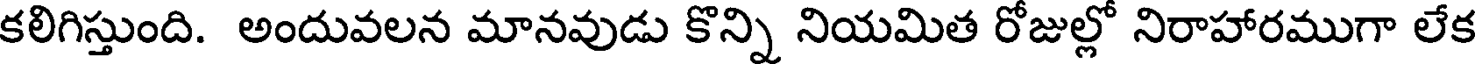
కలిగిస్తుంది. అందువలన మానవుడు కొన్ని నియమిత రోజుల్లో నిరాహారముగా లేక